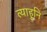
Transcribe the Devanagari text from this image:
त्याहूनि